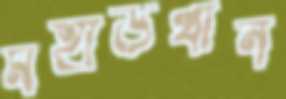
মহাউত্থান